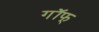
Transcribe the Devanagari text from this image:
गॉफ्